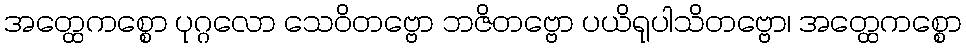
အတ္ထေကစ္စော ပုဂ္ဂလော သေဝိတဗ္ဗော ဘဇိတဗ္ဗော ပယိရုပါသိတဗ္ဗော၊ အတ္ထေကစ္စော